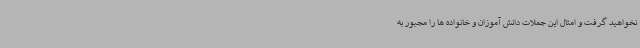
نخواهید گرفت و امثال این جملات دانش آموزان و خانواده ها را مجبور به